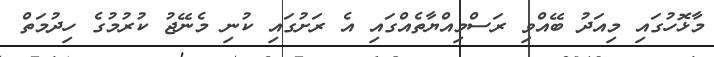
މާޅޮހުގައި މިއަދު ބޭއްވި ރަސްމިއްޔާތެއްގައި އެ ރަށުގައި ކުނި މެނޭޖު ކުރުމުގެ ހިދުމަތް